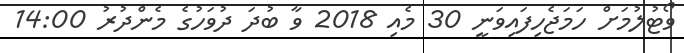
ވޯޓުލުމަށް ހަމަޖެހިފައިވަނީ 30 މެއި 2018 ވާ ބުދަ ދުވަހުގެ މެންދުރު 14:00